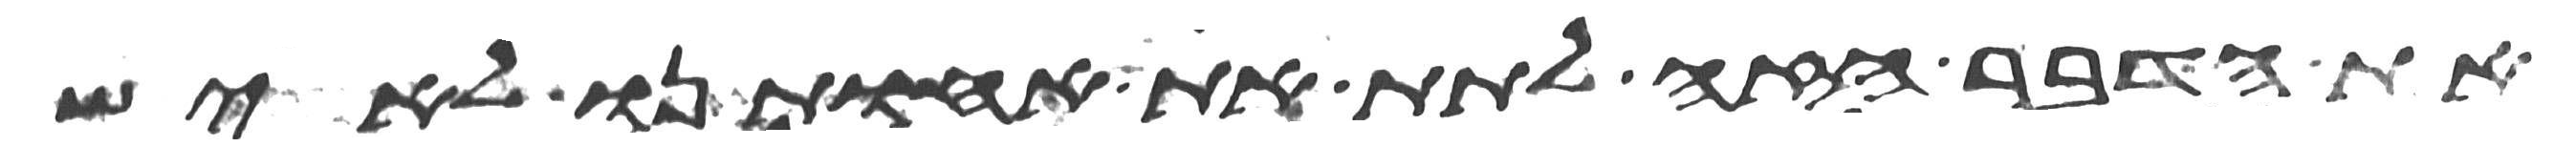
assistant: את הדבר הזה לתת את אחותנו לאיש